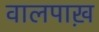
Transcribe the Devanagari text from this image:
वालपाख़